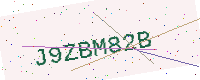
Text: J9ZBM82B